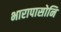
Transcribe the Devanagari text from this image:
भारापासोनि